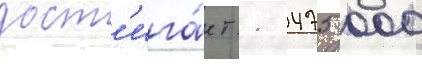
дост'ига́ет 1 475 000